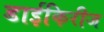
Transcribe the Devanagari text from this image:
डाईकिरीज